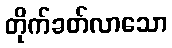
တိုက်ခတ်လာသော